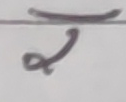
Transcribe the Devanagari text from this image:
ज